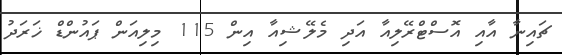
ޗައިނާ އާއި އޮސްޓްރޭލިއާ އަދި މެލޭޝިއާ އިން 115 މިލިއަން ޕައުންޑް ޚަރަދު